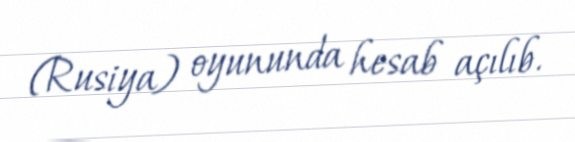
(Rusiya) oyununda hesab açılıb.